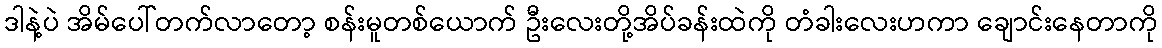
ဒါနဲ့ပဲ အိမ်ပေါ်တက်လာတော့ စန်းမူတစ်ယောက် ဦးလေးတို့အိပ်ခန်းထဲကို တံခါးလေးဟကာ ချောင်းနေတာကို